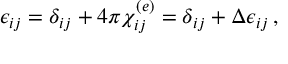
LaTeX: \epsilon _ { i j } = \delta _ { i j } + 4 \pi \chi _ { i j } ^ { ( e ) } = \delta _ { i j } + \Delta \epsilon _ { i j } \, ,